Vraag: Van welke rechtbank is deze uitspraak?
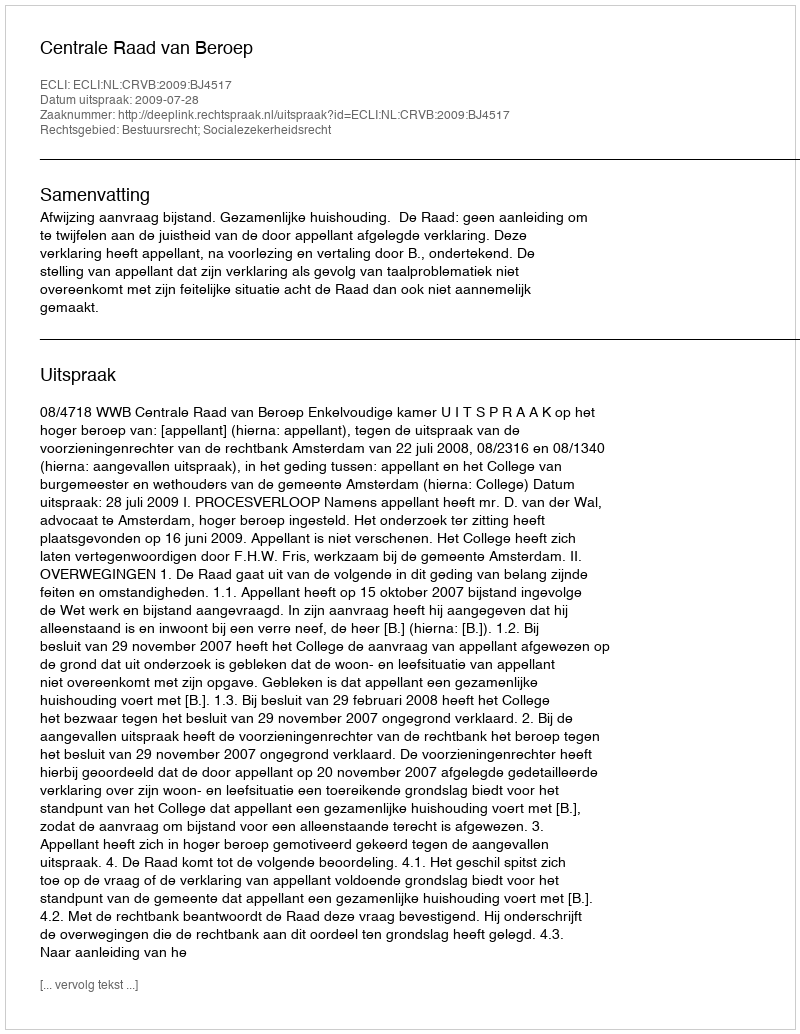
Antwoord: Centrale Raad van Beroep